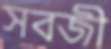
সবজী